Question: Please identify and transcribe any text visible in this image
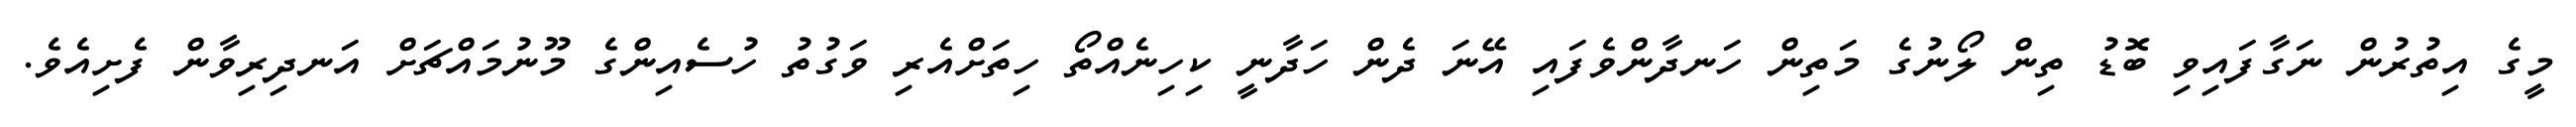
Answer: މީގެ އިތުރުން ނަގާފައިވި ބޮޑު ތިން ލޯނުގެ މަތިން ހަނދާންވެފައި އޭނަ ދެން ހަދާނީ ކިހިނެއްތޯ ހިތަށްއެރި ވަގުތު ހުސެއިންގެ މޫނުމައްޗަށް އަނދިރިވާން ފެށިއެވެ.